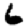
Digit: 6